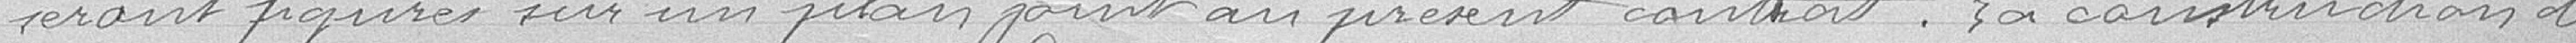
seront figurés sur un plan joint au présent contrat. La construction de